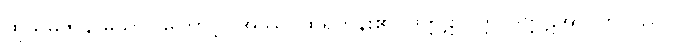
ထိုသမ္ပဇာန မုသာဝါကြောင့်။ အဿ၊ ထိုရဟန်း၏။ ဒုက္ကဋာပတ္တိ၊ ဒုက္ကဋ်အာပတ်သည်။